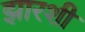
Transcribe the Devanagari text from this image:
झारशी